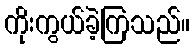
ကိုးကွယ်ခဲ့ကြသည်။